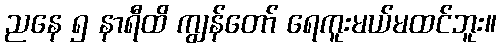
ညနေ ၅ နာရီထိ ကျွန်တော် ရေကူးမယ်မထင်ဘူး။